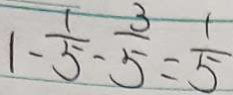
1 - \frac { 1 } { 5 } - \frac { 3 } { 5 } = \frac { 1 } { 5 }